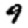
Digit: 9